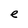
Character: e